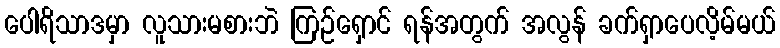
ပေါရိသာဒမှာ လူသားမစားဘဲ ကြဉ်ရှောင် ရန်အတွက် အလွန် ခက်ရှာပေလိ့မ်မယ်